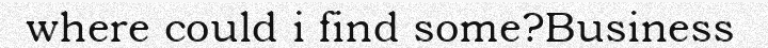
where could i find some?Business